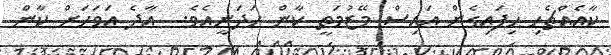
ކާއެއްޗެހި ހިފައިގެން އައިސް މޭޒުމަތީ ކާން ހަދަނީއެވެ.  އާދެ އަވަހަށް ކާން